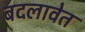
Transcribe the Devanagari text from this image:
बदलावेत